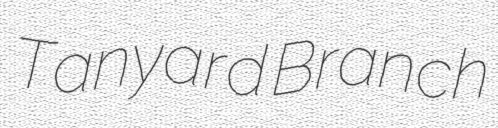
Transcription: Tanyard Branch